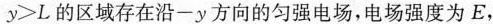
$$y > L$$的区域存在沿一y方向的匀强电场，电场强度为E，